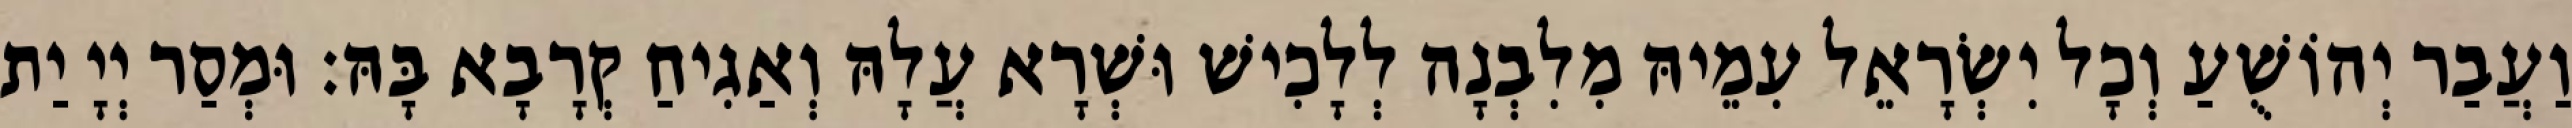
וַעֲבַר יְהוֹשֻׁעַ וְכָל יִשְׂרָאֵל עִמֵיהּ מִלִבְנָה לְלָכִישׁ וּשְׁרָא עֲלָהּ וְאַגִיחַ קְרָבָא בָּהּ׃ וּמְסַר יְיָ יַת